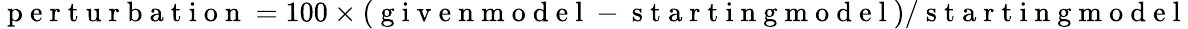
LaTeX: \mathrm{~p~e~r~t~u~r~b~a~t~i~o~n~}=100\times(\mathrm{~g~i~v~e~n~m~o~d~e~l~}-\mathrm{~s~t~a~r~t~i~n~g~m~o~d~e~l~})/\mathrm{~s~t~a~r~t~i~n~g~m~o~d~e~l~}